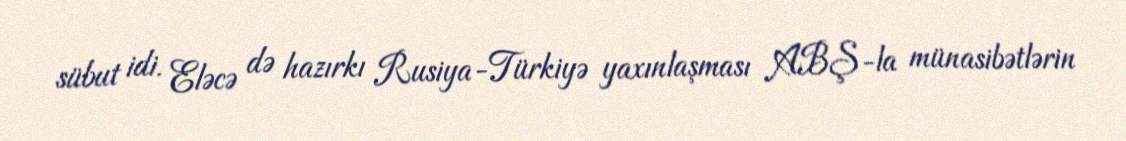
sübut idi. Eləcə də hazırkı Rusiya-Türkiyə yaxınlaşması ABŞ-la münasibətlərin